system: You are a helpful assistant.
user:
Analyze the provided spectrum to determine if it is a **White Dwarf (WD)**.

A White Dwarf spectrum is defined by its **extreme purity** (due to gravitational settling) and/or **extreme pressure broadening** (due to high surface gravity). You must check for one of the following mutually exclusive signatures:

- **Key Visual Indicators (Check for ONE of these types):**

    - **1. DA-Type Signature (Most Common):**
        - **(Primary Feature):** Extreme pressure broadening (Stark broadening) of the **Hydrogen (H) Balmer lines**.
        - **(Key Lines):** $H\beta$ (approx. $4861$ Å) and $H\gamma$ (approx. $4340$ Å). $H\alpha$ (approx. $6563$ Å) will also be present if the wavelength range covers it.
        - **(Line Profile):** This is the **defining feature**. The lines are **NOT** sharp. They appear as massive, **extremely broad and deep "troughs" or "dips"** in the spectrum, often hundreds of Ångströms wide. The continuum will appear to "scoop" down at these wavelengths.
        - **(Distinction):** Normal A-type or B-type stars have *narrow* and *sharp* Hydrogen lines. A DA White Dwarf's lines are unmistakably "smeared" or "blurry" from pressure.

    - **2. DB-Type Signature:**
        - **(Primary Feature):** Broad absorption lines from **Neutral Helium (He I)**. The spectrum must lack any visible Hydrogen lines.
        - **(Key Lines):** Look for broad absorption near $4471$ Å, $4921$ Å, and $5876$ Å.
        - **(Line Profile):** These lines are also significantly pressure-broadened, appearing much wider than they would in a normal B-type main-sequence star.

    - **3. DC-Type Signature:**
        - **(Primary Feature):** A **featureless continuous spectrum**.
        - **(Line Profile):** The spectrum is a smooth curve with **no significant absorption or emission lines**.
        - **(Key Confirmation):** The continuum is almost always **blue or white**, indicating a hot object. This signature implies the atmosphere is so pure (or so cool) that no spectral lines are visible in the optical range. Its WD identity is confirmed by its extremely low intrinsic brightness (high absolute magnitude).

    - **4. DZ-Type Signature (Metal-Polluted):**
        - **(Primary Feature):** **Isolated, narrow metal absorption lines** on an otherwise featureless (DC-like) continuum.
        - **(Key Lines):** The **Calcium (Ca II) H & K doublet** (approx. **$3934$ Å** and **$3968$ Å**) is the most common and defining feature.
        - **(Line Profile):** These lines are "out of place." They are *not* part of a "forest" of thousands of lines. This signature is evidence of recent *accretion* (pollution) from rocky debris.
        - **(Distinction):** Normal G/K/M stars have a *dense forest* of thousands of metal lines. A DZ has a *clean* continuum with *only a few* strong metal lines.

    - **5. DQ-Type Signature (Carbon-Polluted):**
        - **(Primary Feature):** Absorption bands from **Carbon (C₂ "Swan Bands" or atomic C I)**.
        - **(Key Lines - C₂):** Look for bandheads with a "saw-tooth" shape near $5635$ Å, **$5165$ Å** (strongest), and $4737$ Å.
        - **(Key Confirmation):** The underlying **continuum must be blue or white** (hot).
        - **(Distinction):** This is the critical difference from a **Carbon Star**, which has the *exact same* C₂ bands but on an extremely **red, cool** continuum.

- **(Overall Spectrum):**
    - The continuum (overall shape) is typically **blue-sloping** (brighter in the blue than the red), as most white dwarfs are very hot.
    - The spectrum will look "pure" or "simple," dominated by only *one* of the five signatures listed above.

Think first, call **spectral_visualization_tool** if needed to examine features in detail, then provide your final answer. Your response must adhere to the following strict rules:
1.  **Overall Structure:** Your response must follow the format `<think>...</think> <tool_call>...</tool_call> (if a tool is used) <answer>...</answer>`.
2.  **Tool Usage Constraint:** You may only make **one** tool call per turn.
3.  **Final Answer Format:** In the `<answer>` tag, your conclusion must be inside a `\boxed{}` command (e.g., `\boxed{YES}` or `\boxed{NO}`), followed by your justification.

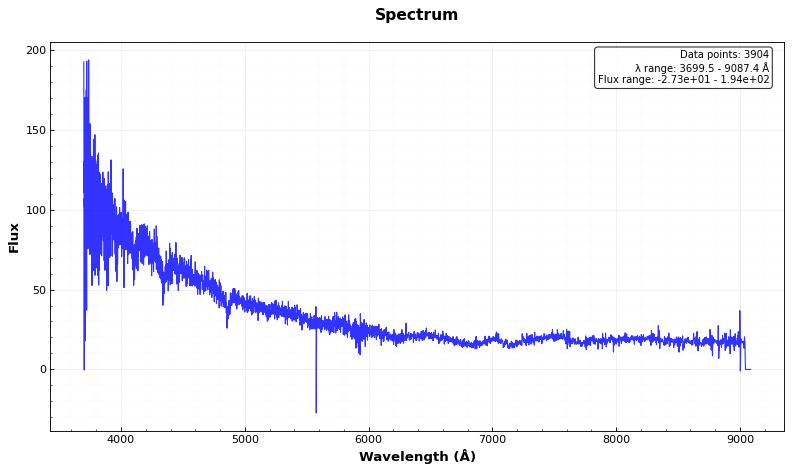
Answer: YES